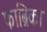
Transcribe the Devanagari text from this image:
फाब्रिका